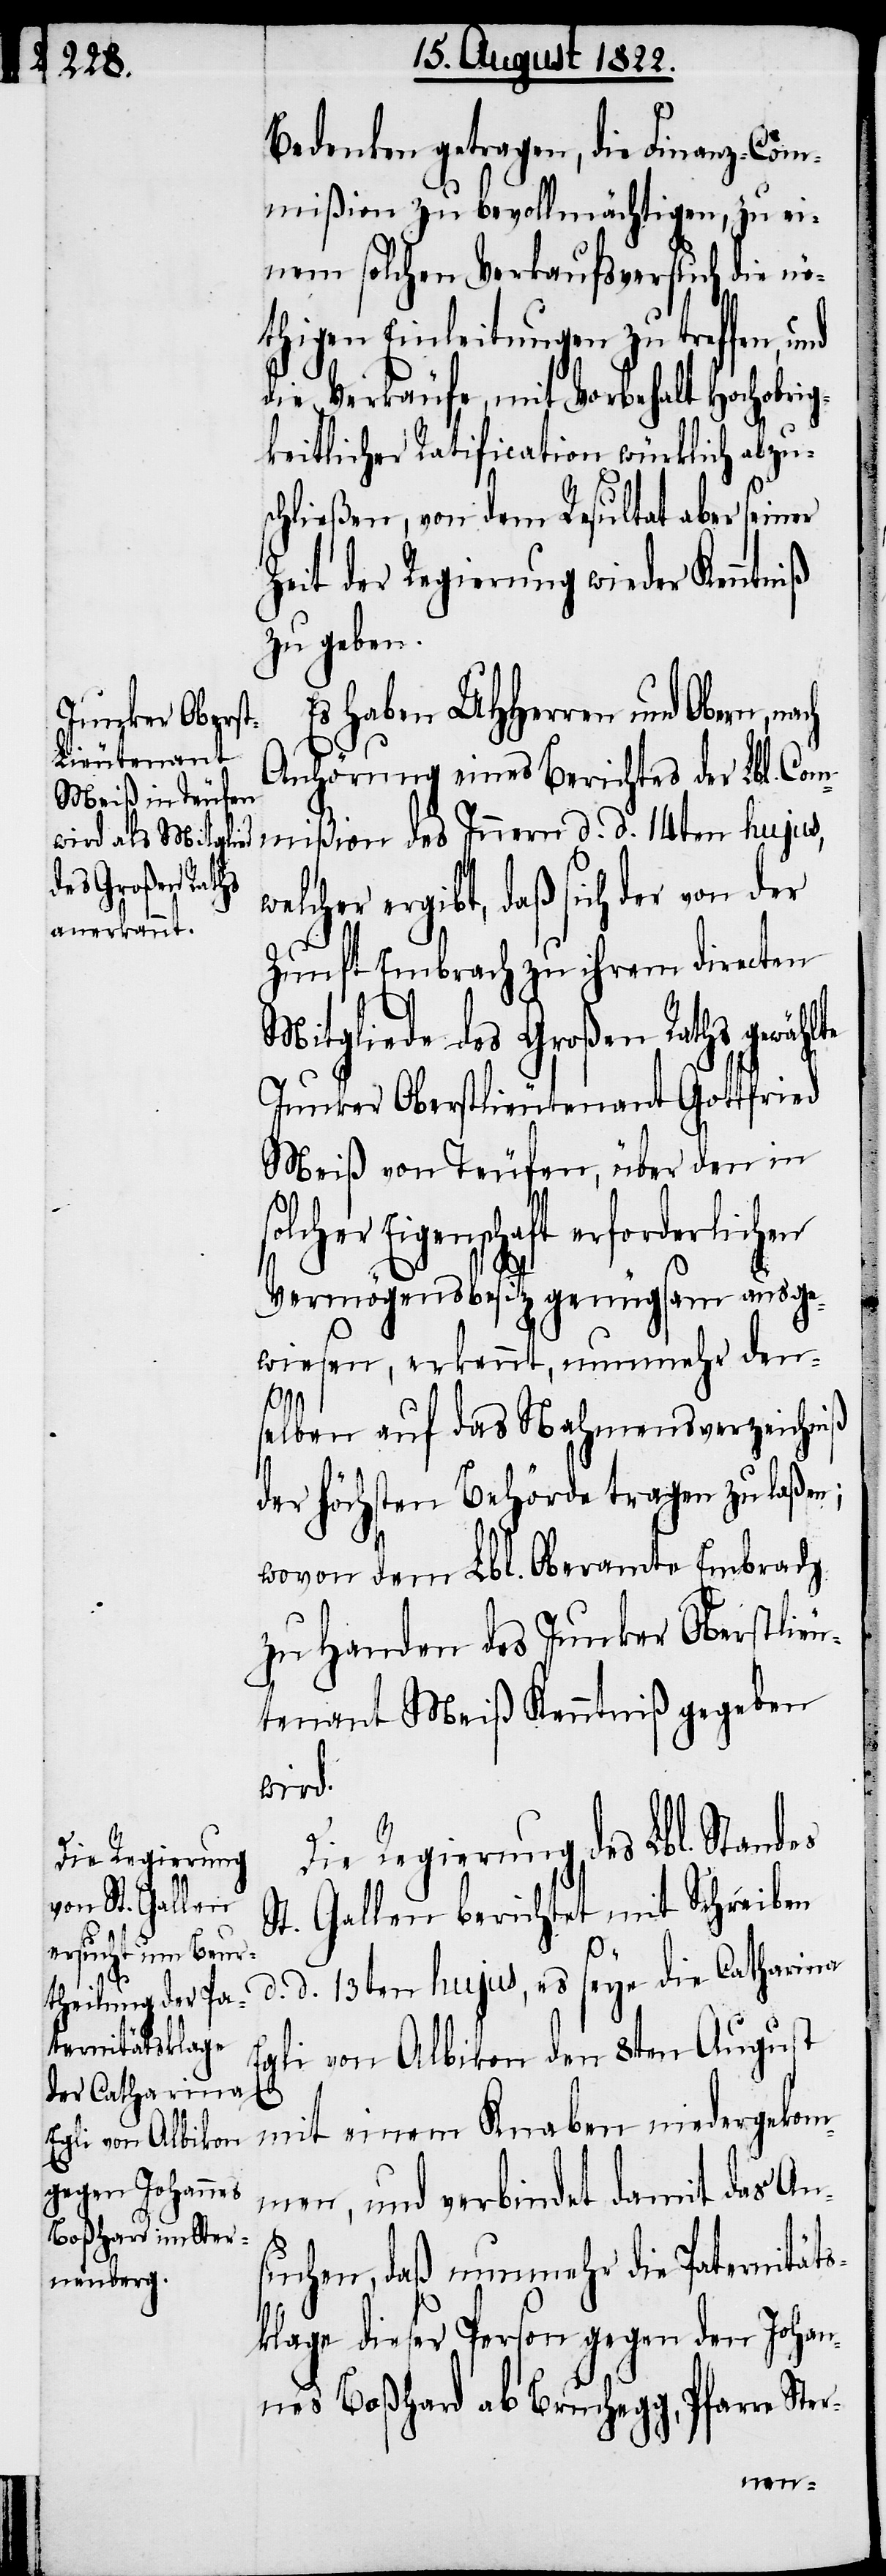
Bedenken getragen, die Finanz-Com¬
mißion zu bevollmächtigen, zu ei¬
nem solchen Verkaufsversuch die nö¬
thigen Einleitungen zu treffen, und
die Verkäufe, mit Vorbehalt hochobrig¬
keitlicher Ratification würklich abzu¬
schließen, von dem Resultat aber seiner
Zeit der Regierung wieder Kenntniß
zu geben.
Es haben UHHerrn und Obern,
Anhörung eines Berichtes der Lbl. Com¬
mißion des Innern d. d. 14ten hujus,
ergibt, daß sich der von der
Zunft Embrach zu ihrem directen
Mitgliede des Großen Raths gewähl¬
Junker Oberstlieutnant Gottfried
Meiß von Teufen, über den in
Eigenschaft erforderlichen
Vermögensbesitz genügsam ausge¬
wiesen, erkennt, nunmehr den¬
selben auf das Nahmensverzeichniß
der Höchsten Behörde tragen zu laßen;
wovon dem Lbl. Oberamte Embrach
zu Handen des Junker Oberstlieu¬
tnant Meiß Kenntniß gegeben
wird.
te